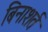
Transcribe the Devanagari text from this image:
बिनाशर्त